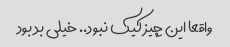
واقعا این چیز کیک نبود.. خیلی بد بود